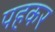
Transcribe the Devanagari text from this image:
पहकर